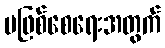
မဖြစ်စေရေးအတွက်